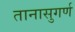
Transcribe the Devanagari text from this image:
तानासुगर्ण